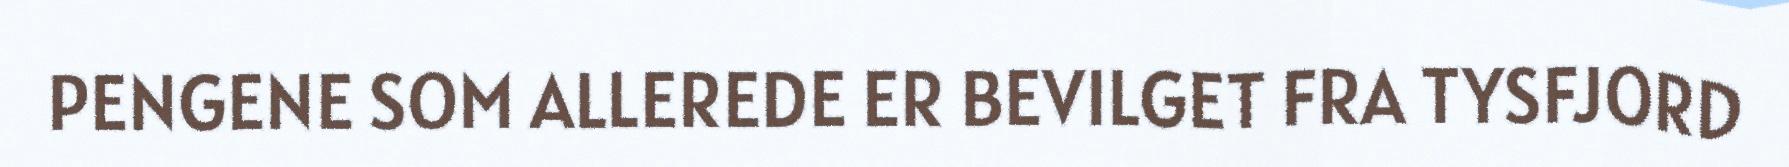
PENGENE SOM ALLEREDE ER BEVILGET FRA TYSFJORD